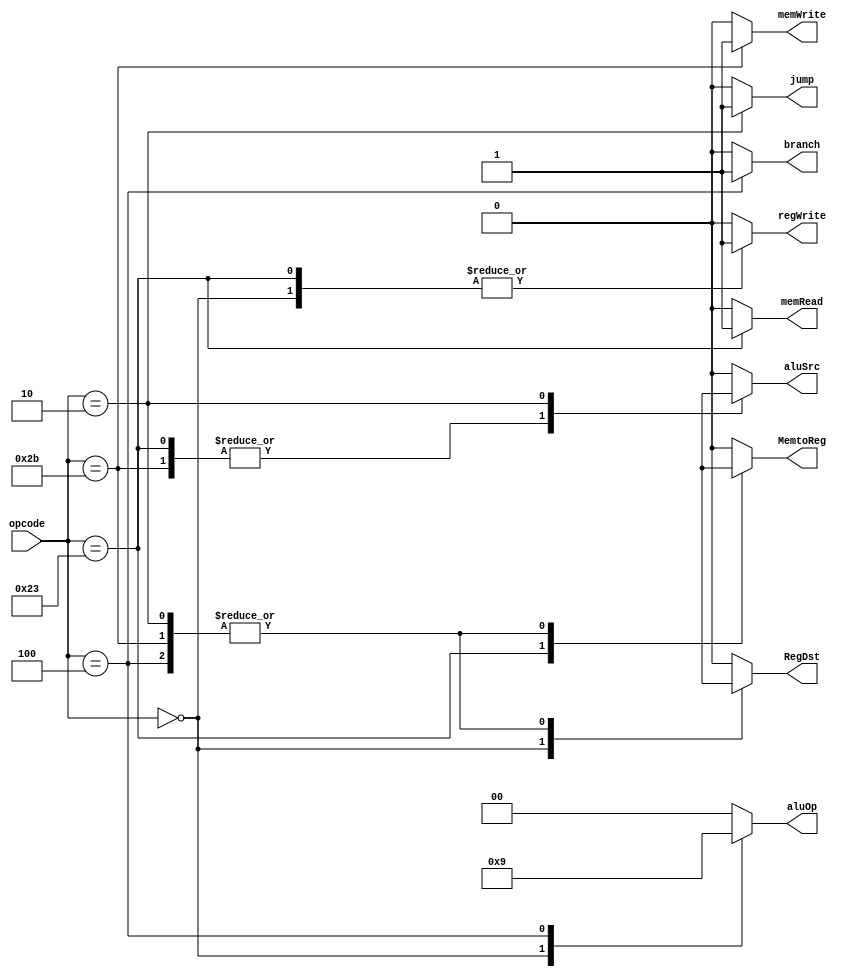
module main_control(
	input [5:0]opcode,
	output reg RegDst,
	output reg branch,
	output reg memRead,
	output reg MemtoReg,
	output reg [1:0]aluOp,
	output reg memWrite,
	output reg aluSrc,
	output reg regWrite,
	output reg jump
    );

always@(opcode)
begin
	case(opcode)
		6'b000000: begin
		RegDst = 1'b1; /*R-format*/
		branch = 1'b0;
		memRead = 1'b0;
		MemtoReg = 1'b0;
		aluOp = 2'b10;
		memWrite = 1'b0;
		aluSrc = 1'b0;
		regWrite = 1'b1;
		jump = 1'b0;
		end

		6'b100011: begin
		RegDst = 1'b0;/*Load Word*/
		branch = 1'b0;
		memRead = 1'b1;
		MemtoReg = 1'b1;
		aluOp = 2'b00;
		memWrite = 1'b0;
		aluSrc = 1'b1;
		regWrite = 1'b1;  
		jump = 1'b0;
		end

		6'b101011: begin
		RegDst = 1'bx; /*Store Word*/
		branch = 1'b0;
		memRead = 1'b0;
		MemtoReg = 1'bx;
		aluOp = 2'b00;
		memWrite = 1'b1;
		aluSrc = 1'b1;
		regWrite = 1'b0;
		jump = 1'b0;
		end

		6'b000100: begin
		RegDst = 1'bx; /*Branch Equal*/
		branch = 1'b1;
		memRead = 1'b0;
		MemtoReg = 1'bx;
		aluOp = 2'b01;
		memWrite = 1'b0;
		aluSrc = 1'b0;
		regWrite = 1'b0;
		jump = 1'b0;
		end

		6'b000010: begin
		RegDst = 1'bx; /*Jump*/
		branch = 1'b0;
		memRead = 1'b0;
		MemtoReg = 1'bx;
		aluOp = 2'b00;
		memWrite = 1'b0;
		aluSrc = 1'bx;
		regWrite = 1'b0;
		jump = 1'b1;
		end

		default: begin
		RegDst = 1'b0; /*default*/
		branch = 1'b0;
		memRead = 1'b0;
		MemtoReg = 1'b0;
		aluOp = 2'b00;
		memWrite = 1'b0;
		aluSrc = 1'b0;
		regWrite = 1'b0;
		jump = 1'b0;
		end
	endcase  
end

endmodule